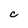
Character: c